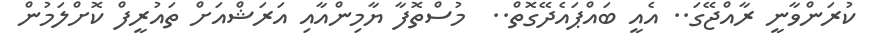
ކުރަންވާނީ ރާއްޖޭގަ.. އެއީ ބައްޕައެދޭގޮތް..  މުސްތޮފާ ޔާމިންއާއި އަރަޝްއަށް ތައުރީފް ކޮށްލަމުން